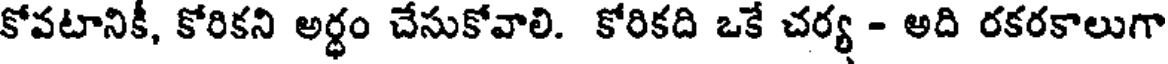
కోవటానికీ, కోరికని అర్ధం చేసుకోవాలి. కోరికది ఒకే చర్య - అది రకరకాలుగా